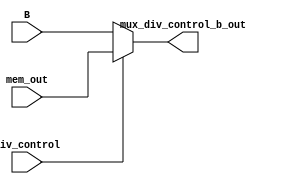
module mux_div_control_b(
    input wire div_control,
    input wire [31:0] B, mem_out, 
    output wire [31:0] mux_div_control_b_out
);
    
    assign mux_div_control_b_out =  (div_control == 1'b0) ?  B:
                                    (div_control == 1'b1) ?  mem_out:
                                    1'bX;


endmodule